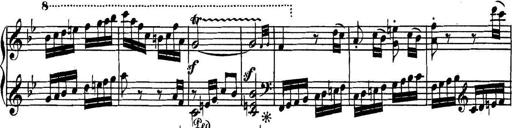
Title: Collected Piano Sonatas
Composer: Muzio Clementi